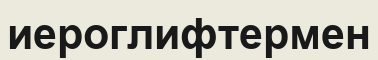
иероглифтермен